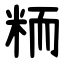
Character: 粫